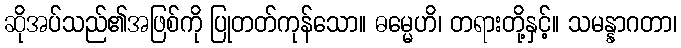
ဆိုအပ်သည်၏အဖြစ်ကို ပြုတတ်ကုန်သော။ ဓမ္မေဟိ၊ တရားတို့နှင့်။ သမန္နာဂတာ၊